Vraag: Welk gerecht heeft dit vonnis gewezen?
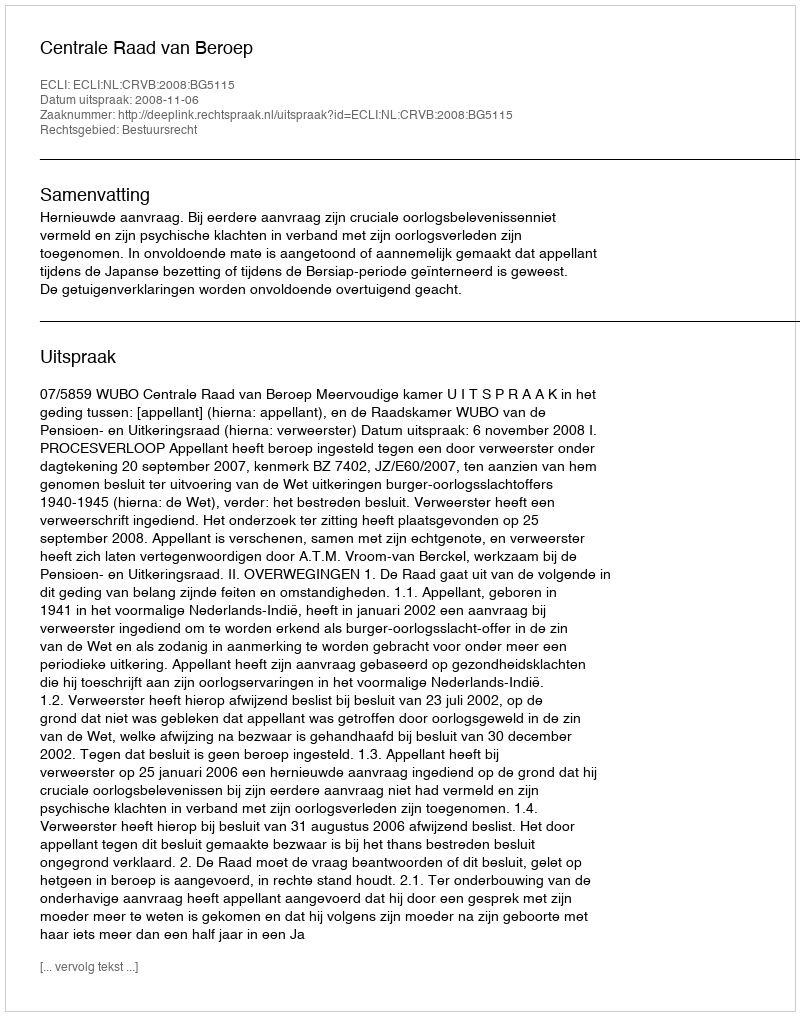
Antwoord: Centrale Raad van Beroep